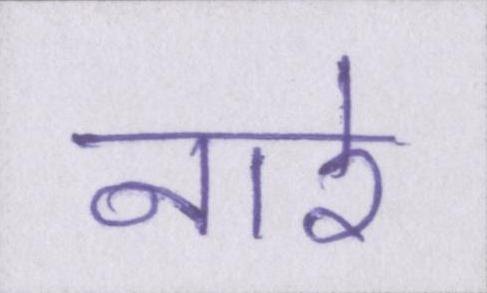
नारे